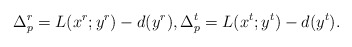
\begin{align*}\Delta_p^r=L(x^{r};y^{r})-d(y^{r}),\Delta_p^t=L(x^{t};y^{t})-d(y^{t}).\end{align*}